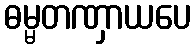
ဓမ္မတဏှာယပေ